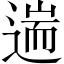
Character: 遄